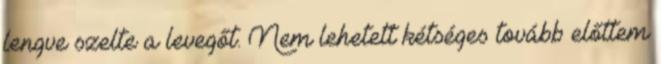
lengve szelte a levegőt. Nem lehetett kétséges tovább előttem